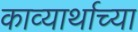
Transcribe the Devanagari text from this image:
काव्यार्थाच्या